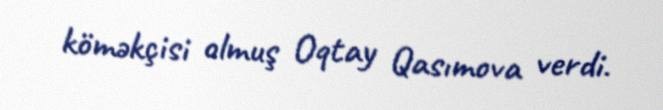
köməkçisi olmuş Oqtay Qasımova verdi.